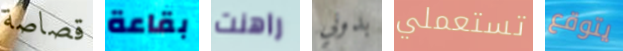
قصاصة بقاعة راهنت بدوني تستعملي يتوقع